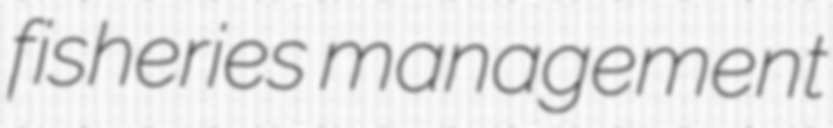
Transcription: fisheries management